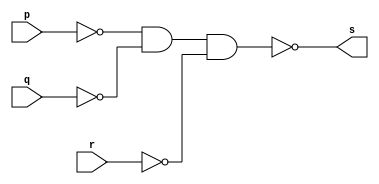
 
// ------------------------- 
// Exemplo0010 - OR 
// Nome: Mateus Augusto Moraes Ferreira
// ------------------------- 
 
// ------------------------- 
// -- or gate 
// ------------------------- 
module andgate ( output s, 
                            input   p,q,r); 
 assign s = ~((~p)&(~q)&(~r)); 
endmodule // orgate 
 
// --------------------- 
// -- test and gate 
// --------------------- 
module testorgate; 
// ------------------------- dados locais 
   reg   a,b,c; // definir registradores 
   wire  s;    // definir conexao (fio) 
// ------------------------- instancia 
   andgate OR1 (s, a, b, c); 
// ------------------------- preparacao 
   initial begin:start 
      a=0; b=0; c=0; 
   end 
 
 // ------------------------- parte principal 
 
   initial begin 
      $display("Exemplo0009 - Mateus Augusto Moraes Ferreira - 435669"); 
      $display("Test OR gate - 3 entradas"); 
      $display("\n (a | b | c) = s\n");  
      $monitor("%b | %b | %b = %b", a,b,c, s); 
  #1  a=0; b=0; c=0;
  #1  a=0; b=0; c=1;
  #1  a=0; b=1; c=0;
  #1  a=0; b=1; c=1;
  #1  a=1; b=0; c=0;
  #1  a=1; b=0; c=1;
  #1  a=1; b=1; c=0;
  #1  a=1; b=1; c=1;
  
 end 
 
endmodule // testorgate